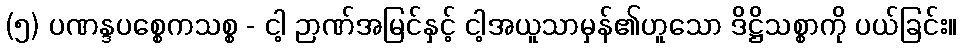
(၅) ပဏန္ဒပစ္စေကသစ္စ - ငါ့ ဉာဏ်အမြင်နှင့် ငါ့အယူသာမှန်၏ဟူသော ဒိဋ္ဌိသစ္စာကို ပယ်ခြင်း။